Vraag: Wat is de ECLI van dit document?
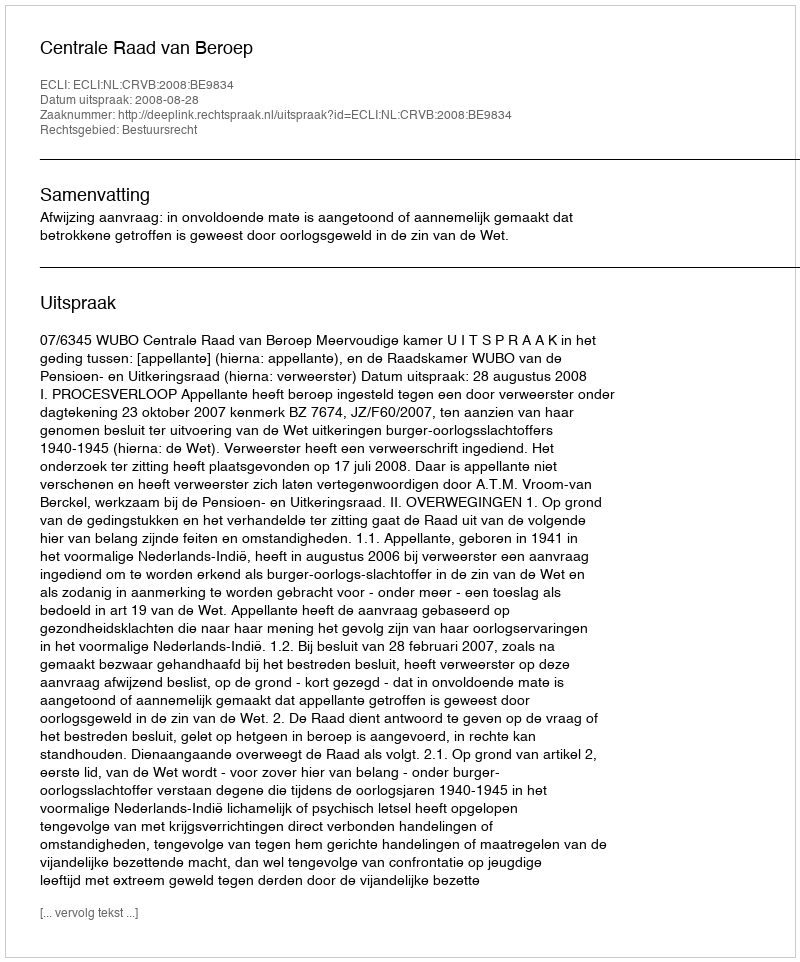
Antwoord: ECLI:NL:CRVB:2008:BE9834